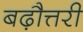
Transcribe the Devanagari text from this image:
बढ़ौत्तरी